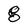
Character: g